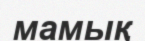
мамық